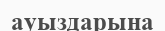
ауыздарына